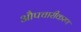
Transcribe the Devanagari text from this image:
औपचारीकरण